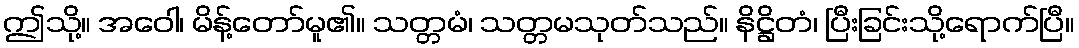
ဤသို့။ အဝေါ၊ မိန့်တော်မူ၏။ သတ္တမံ၊ သတ္တမသုတ်သည်။ နိဋ္ဌိတံ၊ ပြီးခြင်းသို့ရောက်ပြီ။